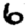
Digit: 6